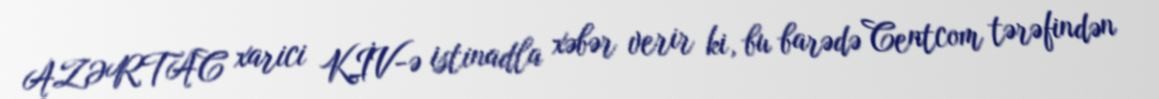
AZƏRTAC xarici KİV-ə istinadla xəbər verir ki, bu barədə Centcom tərəfindən